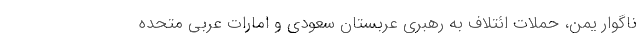
ناگوار یمن، حملات ائتلاف به رهبری عربستان سعودی و امارات عربی متحده